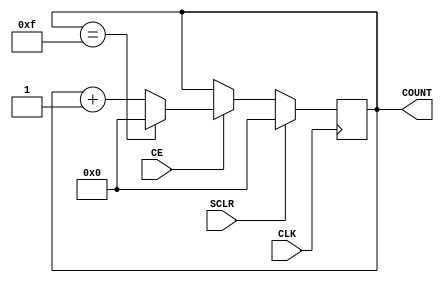
`timescale 1ns/1ps
module counter_n #(parameter MOD=16)(
	input CLK,SCLR,CE,
	output reg [$clog2(MOD)-1:0]COUNT
	);

always @(posedge CLK) begin
	if(SCLR)
		COUNT <= 0;
	else if(CE) begin
		if(COUNT == (MOD-1)) COUNT <= 0;
		else	COUNT <= COUNT + 1'b1;
	end
end

endmodule